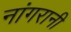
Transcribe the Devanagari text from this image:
नांगरानी